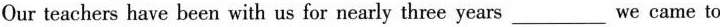
Our teachers have been with us for nearly three years___we came to